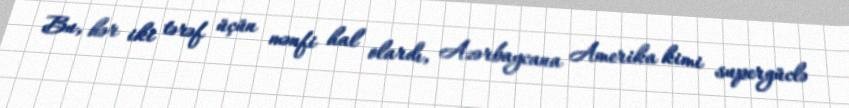
Bu, hər iki tərəf üçün mənfi hal olardı, Azərbaycana Amerika kimi supergüclə